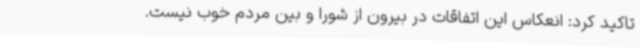
تاکید کرد: انعکاس این اتفاقات در بیرون از شورا و بین مردم خوب نیست.